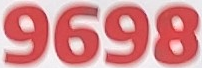
9698